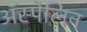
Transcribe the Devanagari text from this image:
ॲस्पेलिन